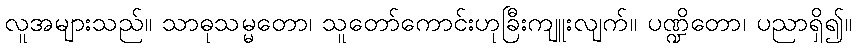
လူအများသည်။ သာဓုသမ္မတော၊ သူတော်ကောင်းဟုခြီးကျူးလျက်။ ပဏ္ဍိတော၊ ပညာရှိ၍။